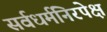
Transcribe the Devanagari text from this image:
सर्वधर्मनिरपेक्ष